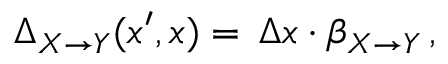
\Delta _ { X \rightarrow Y } ( x ^ { \prime } , x ) = \, \Delta x \cdot \beta _ { X { \to } Y } \, ,